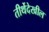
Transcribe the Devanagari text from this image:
तीर्थेदेखील